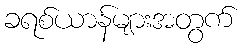
ခရစ်ယာန်များအတွက်